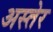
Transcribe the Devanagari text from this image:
अस्तेर